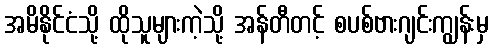
အမိနိုင်ငံသို့ ထိုသူများကဲ့သို့ အန်တီတင့် စပစ်ဗားဂျင်းကျွန်းမှ